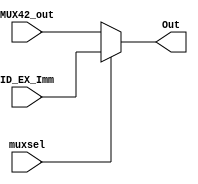
module ImmOrMUX42(input muxsel,
	input [31:0]MUX42_out,
	input [31:0]ID_EX_Imm,
	output [31:0]Out);
assign Out = muxsel ? ID_EX_Imm : MUX42_out;
endmodule